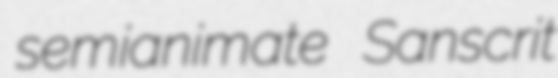
semianimate Sanscrit